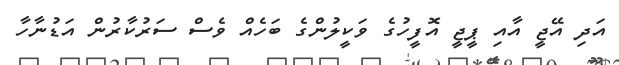
އަދި އޭޖީ އާއި ޕީޖީ އޮފީހުގެ ވަކީލުންގެ ބަހެއް ވެސް ސަރުކާރުން އަޑުނާހާ